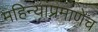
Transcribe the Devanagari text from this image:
महिन्यांप्रमाणेच